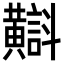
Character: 𪏡